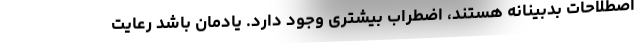
اصطلاحات بدبینانه هستند، اضطراب بیشتری وجود دارد. یادمان باشد رعایت